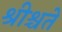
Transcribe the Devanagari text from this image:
श्रीश्चते